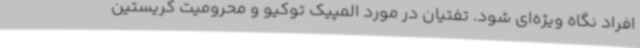
افراد نگاه ویژه‌ای شود. تفتیان در مورد المپیک توکیو و محرومیت کریستین